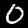
Digit: 0